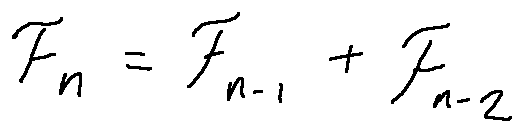
F _ { n } = F _ { n - 1 } + F _ { n - 2 }